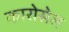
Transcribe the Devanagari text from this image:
कारोसेल